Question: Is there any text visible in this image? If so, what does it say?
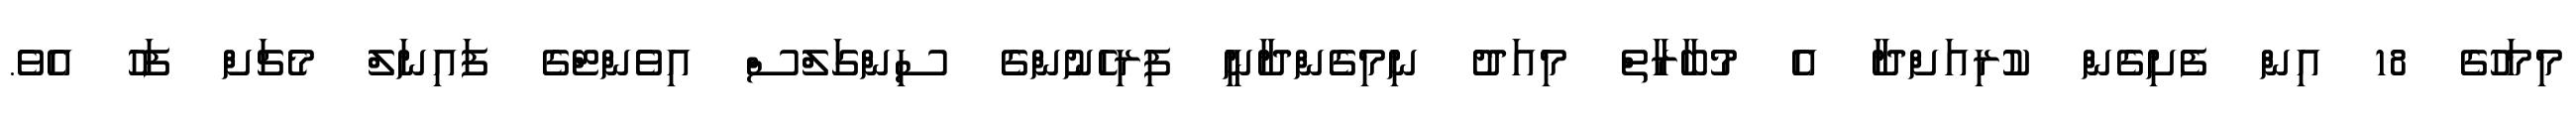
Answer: މިމަހުގެ 18 އިން ފެށިގެން ކުރިއަށްދާ އެ މުބާރާތް މިއަދު ނިމިގެންދާނީ ފިރިހެނުންގެ ސިންގަލްސް އިވެންޓްގެ ފައިނަލް މެޗަށް ފަހު އެވެ.